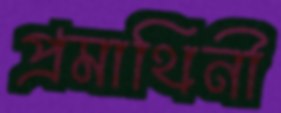
প্রমাথিনী